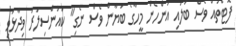
ފޮޓޯތައް ވެސް ބަލައި އަންހެން މީހާގެ ބަޔާން ވެސް ނެގި" ކައުންސިލަރު ވިދާޅުވި